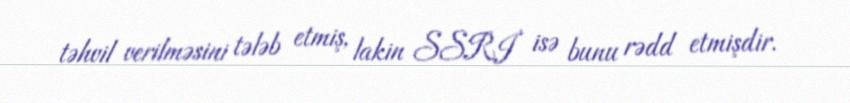
təhvil verilməsini tələb etmiş, lakin SSRİ isə bunu rədd etmişdir.